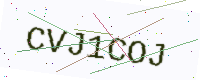
Text: CVJ1COJ